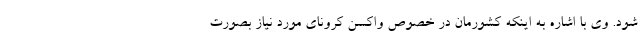
شود. وی با اشاره به اینکه کشورمان در خصوص واکسن کرونای مورد نیاز بصورت